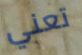
تعني